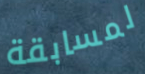
لمسابقة